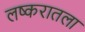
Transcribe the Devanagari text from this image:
लष्करातला